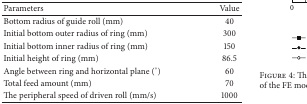
<table><thead><tr><td><b>Parameters</b></td><td><b>Value</b></td></tr></thead><tbody><tr><td>Bottom radius of guide roll (mm)</td><td>40</td></tr><tr><td>Initial bottom outer radius of ring (mm)</td><td>300</td></tr><tr><td>Initial bottom inner radius of ring (mm)</td><td>150</td></tr><tr><td>Initial height of ring (mm)</td><td>86.5</td></tr><tr><td>Angle between ring and horizontal plane (°)</td><td>60</td></tr><tr><td>Total feed amount (mm)</td><td>70</td></tr><tr><td>The peripheral speed of driven roll (mm/s)</td><td>1000</td></tr></tbody></table>